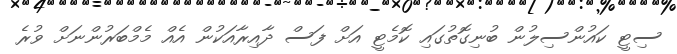
ސިޓީ ކައުންސިލުން ބުނިގޮތުގައި ކޮމެޓީ އަށް ފަސް ދާއިރާއަކުން އެއް މެމްބަރުންނަށް ވުރެ